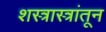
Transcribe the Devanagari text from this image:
शस्त्रास्त्रांतून